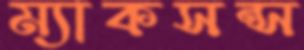
ম্যাকসন্স